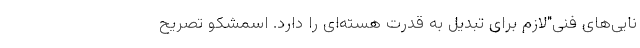
نایی‌های فنی"لازم برای تبدیل به قدرت هسته‌ای را دارد. اسمشکو تصریح